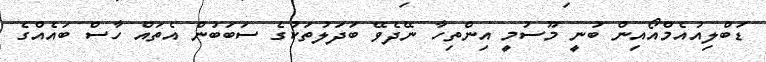
ޑަބްލިއުއެމްއޯއިން ބުނީ މޫސުމީ އިންތިހާ ނޭދެވޭ ބަދަލުތަކުގެ ސަބަބުން އެތައް ހާސް ބައެއްގެ